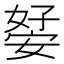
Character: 𭒊